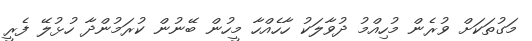
މަގުތަކަށް ވުރެން މުހިއްމު ދުވާލަކު ހާހެއްހާ މީހުން ބޭނުން ކުރަމުންދާ ހުޅުލޭ ފެރީ